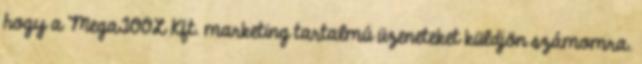
hogy a MegaTOOL Kft. marketing tartalmú üzeneteket küldjön számomra.